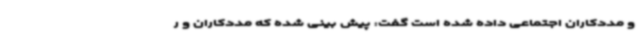
و مددکاران اجتماعی داده شده است گفت: پیش بینی شده که مددکاران و ر